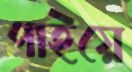
পাইয়ে